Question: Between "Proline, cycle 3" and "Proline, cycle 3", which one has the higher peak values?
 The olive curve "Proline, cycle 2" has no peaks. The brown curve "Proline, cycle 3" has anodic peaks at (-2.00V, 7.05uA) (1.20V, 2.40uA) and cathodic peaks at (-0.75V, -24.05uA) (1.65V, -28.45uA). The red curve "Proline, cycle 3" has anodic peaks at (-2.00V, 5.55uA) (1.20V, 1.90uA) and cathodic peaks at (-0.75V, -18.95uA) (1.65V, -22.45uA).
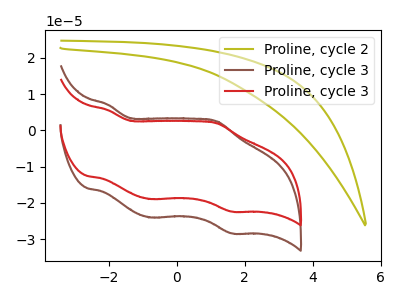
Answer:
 <answer>Every peak in "Proline, cycle 3" is lower than every peak in "Proline, cycle 3".</answer>
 <eval>lower</eval>